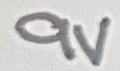
Text: 9V